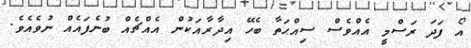
އޯ ފަދަ ރަސްމީ އެއްވެސް ސިއްޙަތާ ބެހޭ އިދާރާއަކުން އެއްޗެއް ބުނެފައެއް ނުވެއެވެ.